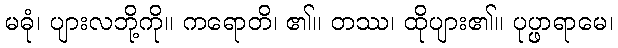
မဓုံ၊ ပျားလဘို့ကို။ ကရောတိ၊ ၏။ တဿ၊ ထိုပျား၏။ ပုပ္ဖာရာမေ၊